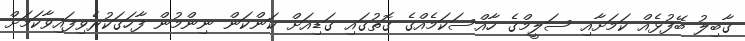
ގާބިލު ބޭފުޅެއް ކަމަށާއި ސަލީމްގެ ހާއްސަކަމެއްގެ ގޮތުގައި ގަޑިއަށް ކަންކަން ނިންމުން ފާހަގަކުރެވިފައިވާކަމަށް